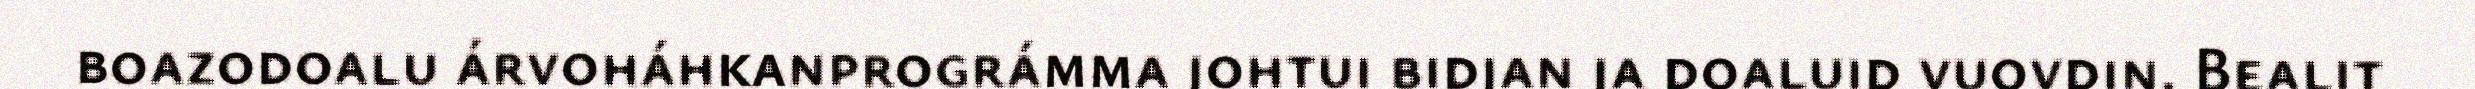
boazodoalu árvoháhkanprográmma johtui bidjan ja doaluid vuovdin. Bealit